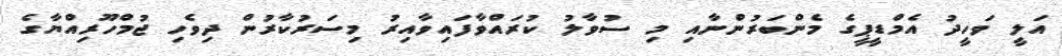
އަލީ ވަހީދު އެމްޑީޕީގެ މެންބަރުންނާއި މި ސުވާލު ކުރައްވާފައިވާއިރު މިސަރުކާރުން ދިވެހި ޖުމްހޫރިއްޔާގެ